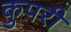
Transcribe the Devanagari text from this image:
कुपरी